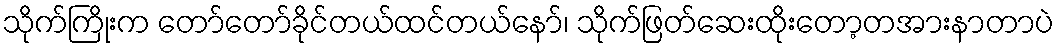
သိုက်ကြိုးက တော်တော်ခိုင်တယ်ထင်တယ်နော်၊ သိုက်ဖြတ်ဆေးထိုးတော့တအားနာတာပဲ